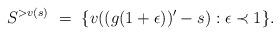
LaTeX: \begin{align*}S^{>v(s)}\ =\ \{v((g(1+\epsilon))'-s):\epsilon\prec 1\}.\end{align*}